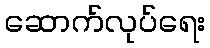
ဆောက်လုပ်ရေး